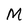
Character: M